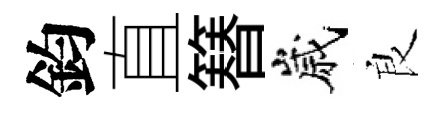
鈞直簮嵗良